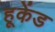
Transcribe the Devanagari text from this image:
हूकेंड